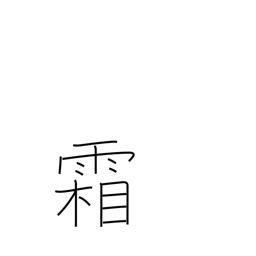
Meaning: frost